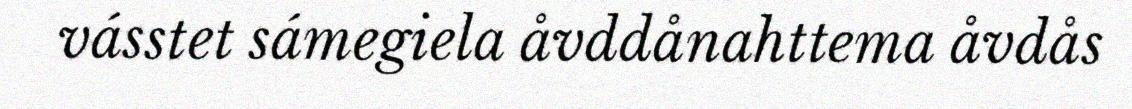
vásstet sámegiela åvddånahttema åvdås